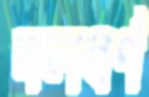
নলবর্ণ